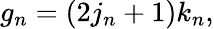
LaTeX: g_{n}=(2j_{n}+1)k_{n},